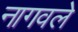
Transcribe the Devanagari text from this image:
नागवले